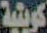
كويتية